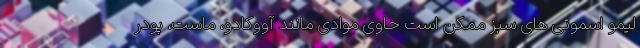
لیمو اسموتی های سبز ممکن است حاوی موادی مانند آووکادو، ماست، پودر